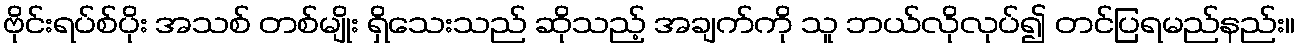
ဗိုင်းရပ်စ်ပိုး အသစ် တစ်မျိုး ရှိသေးသည် ဆိုသည့် အချက်ကို သူ ဘယ်လိုလုပ်၍ တင်ပြရမည်နည်း။